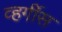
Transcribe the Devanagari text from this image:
व्हर्गीस